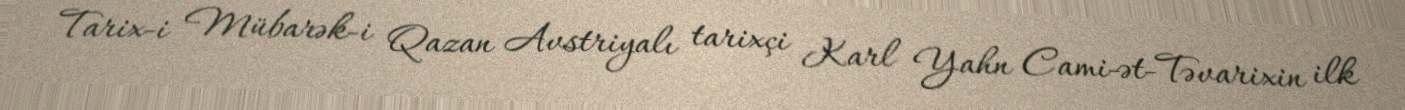
Tarix-i Mübarək-i Qazan Avstriyalı tarixçi Karl Yahn Cami-ət-Təvarixin ilk